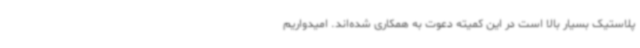
پلاستیک بسیار بالا است در این کمیته دعوت به همکاری شده‌اند. امیدواریم